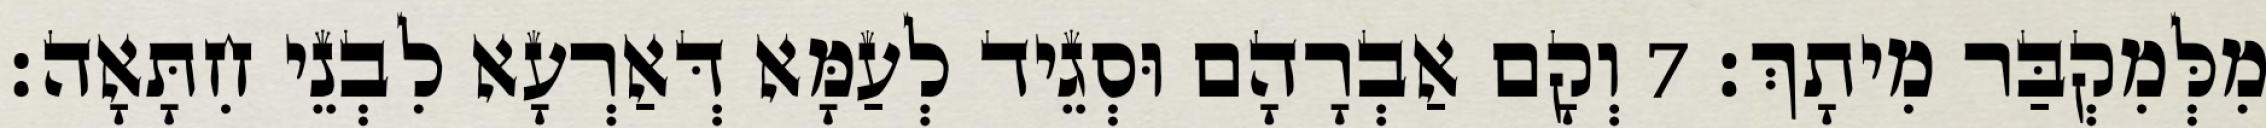
מִלְּמִקְבַּר מִיתָךְ׃ 7 וְקָם אַבְרָהָם וּסְגֵיד לְעַמָּא דְּאַרְעָא לִבְנֵי חִתָּאָה׃